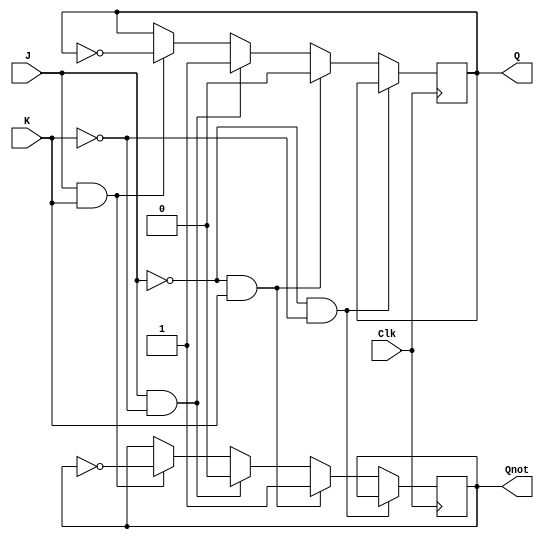
`timescale 1ns / 1ps
module JK_FlipFlop(J,K,Clk,Q,Qnot);
input J,K,Clk;
output Q,Qnot;
reg Q,Qnot;

always@(posedge Clk)
begin

	if(J==0 & K==0)//no change
		begin
			Q = Q;
			Qnot = Qnot;
		end
	else if (J==0 & K==1)//reset
		begin
			Q = 0;
			Qnot = 1;
		end
	else if (J==1 & K==0)//set
		begin
			Q = 1;
			Qnot = 0;
		end
	else if (J==1 & K==1)//toggle
		begin
			Q = ~Q;
			Qnot = ~Qnot;
		end
end

endmodule